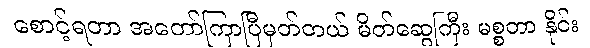
စောင့်ရတာ အတော်ကြာပြီမှတ်တယ် မိတ်ဆွေကြီး မစ္စတာ နိုင်း